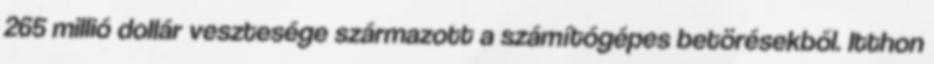
265 millió dollár vesztesége származott a számítógépes betörésekből. Itthon